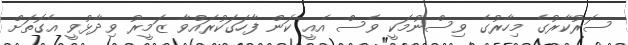
ސަރުކާރުގެ މިހާރުގެ ވިސްނުމަކީ ވެސް އެއީ ކަން ފާހަގަކުރައްވާ ޒަމީރު ވިދާޅުވީ އެގޮތަށް